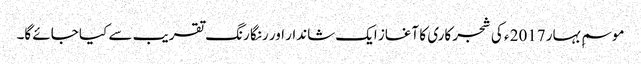
موسمِ بہار 2017 ء کی شجر کاری کا آغاز ایک شاندار اور رنگا رنگ تقریب سے کیا جائے گا۔